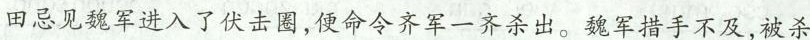
田忌见魏军进入了伏击圈，便命令齐军一齐杀出。魏军措手不及，被杀